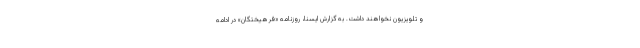
و تلویزیون نخواهند داشت. به گزارش ایسنا، روزنامه «فرهیختگان» در ادامه